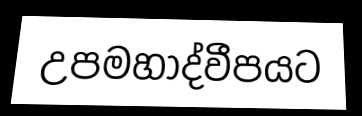
උපමහාද්වීපයට